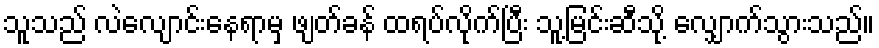
သူသည် လဲလျောင်းနေရာမှ ဖျတ်ခန် ထရပ်လိုက်ပြီး သူ့မြင်းဆီသို့ လျှောက်သွားသည်။